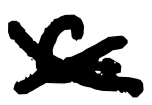
Text: C.
Cross-out: cross
Writing tool: digital_black